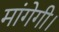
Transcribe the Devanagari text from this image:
मांगेगी।